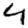
Digit: 4